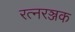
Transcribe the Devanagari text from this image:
रत्नरञ्जक